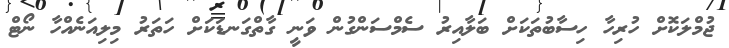
ޖުމްލަކޮށް ހުރިހާ ހިސާބުތަކަށް ބަލާއިރު ސެމްސަންގުން ވަނީ ގާތްގަނޑަކަށް ހަތަރު މިލިއަނެއްހާ ނޯޓް